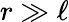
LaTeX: r\gg\ell